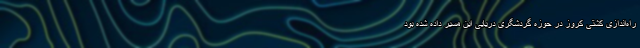
راه‌اندازی کشتی کروز در حوزه گردشگری دریایی این مسیر داده شده بود